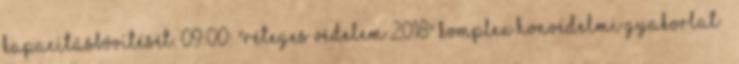
kapacitásbővítését. 09:00: "Réteges Védelem 2018" komplex honvédelmi gyakorlat –